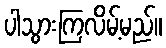
ပါသွားကြလိမ့်မည်။